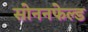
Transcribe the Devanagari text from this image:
सोननफेल्ड